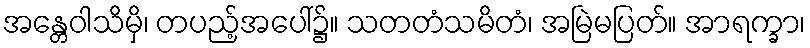
အန္တေဝါသိမှိ၊ တပည့်အပေါ်၌။ သတတံသမိတံ၊ အမြဲမပြတ်။ အာရက္ခာ၊